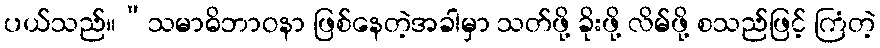
ပယ်သည်။”သမာဓိဘာဝနာ ဖြစ်နေတဲ့အခါမှာ သတ်ဖို့ ခိုးဖို့ လိမ်ဖို့ စသည်ဖြင့် ကြံတဲ့